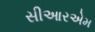
સીઆરએમ